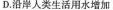
D.沿岸人类生活用水增加